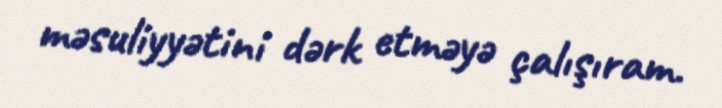
məsuliyyətini dərk etməyə çalışıram.